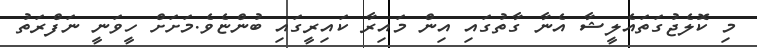
މި ކޮލެޖުގަތައެލީޝާ އެނާ ގާތުގައި އިން މައިރާ ކައިރީގައި ބުންޏެވެ.މަށަށް ހީވަނީ ނަފްރަތު